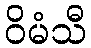
ဝိမံသီ